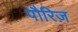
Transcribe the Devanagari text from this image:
पौरिज़